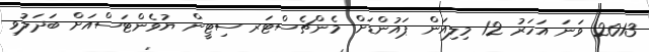
2013 ވަނަ އަހަރު 12 މިލިއަން ޕައުންޑަށް މެންޗެސްޓަރ ސިޓީން ޔުވެންޓަސްއަށް ބަދަލުވި